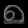
Digit: ၈